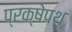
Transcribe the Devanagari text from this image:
प्रक्षेपथ